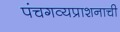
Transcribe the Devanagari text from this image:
पंचगव्यप्राशनाची